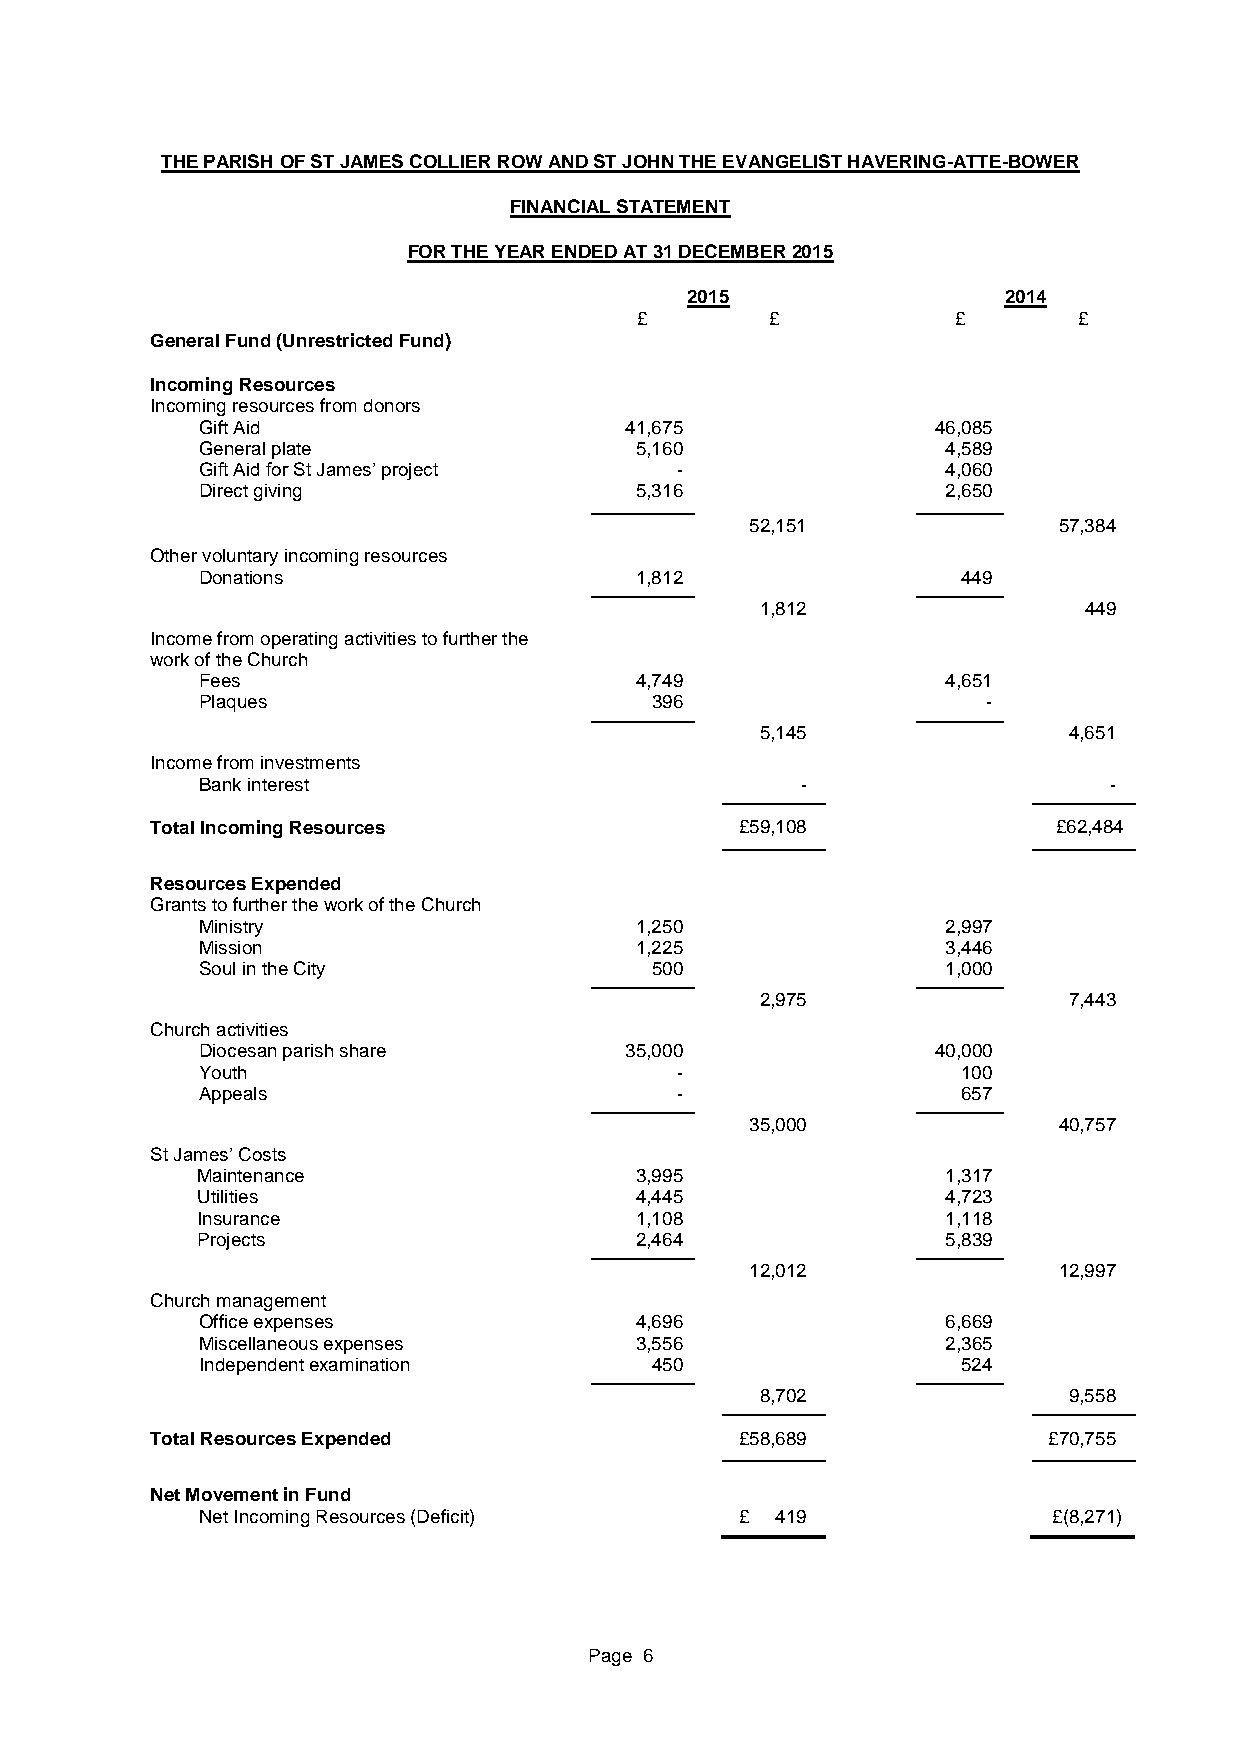
THE PARISH OF ST JAMES COLLIER ROW AND ST JOHN THE EVANGELIST HAVERING-ATTE-BOWER
 FINANCIAL STATEMENT
 FOR THE YEAR ENDED AT 31 DECEMBER 2015
 2015                  2014
 £        £           £       £
 General Fund (Unrestricted Fund)
 Incoming Resources
 Incoming resources from donors
 Gift Aid                    41,675               46,085
 General plate                5,160                4,589
 Gift Aid for St James’ project  -                 4,060
 Direct giving                5,316                2,650
 52,151              57,384
 Other voluntary incoming resources
 Donations                    1,812                 449
 1,812                 449
 Income from operating activities to further the
 work of the Church
 Fees                         4,749                4,651
 Plaques                       396                   -
 5,145                4,651
 Income from investments
 Bank interest                           -                   -
 Total Incoming Resources               £59,108              £62,484
 Resources Expended
 Grants to further the work of the Church
 Ministry                     1,250                2,997
 Mission                      1,225                3,446
 Soul in the City              500                 1,000
 2,975                7,443
 Church activities
 Diocesan parish share       35,000               40,000
 Youth                           -                  100
 Appeals                         -                  657
 35,000              40,757
 St James’ Costs
 Maintenance                  3,995                1,317
 Utilities                    4,445                4,723
 Insurance                    1,108                1,118
 Projects                     2,464                5,839
 12,012              12,997
 Church management
 Office expenses              4,696                6,669
 Miscellaneous expenses       3,556                2,365
 Independent examination       450                  524
 8,702                9,558
 Total Resources Expended               £58,689             £70,755
 Net Movement in Fund
 Net Incoming Resources (Deficit)    £ 419                £(8,271)
 Page 6